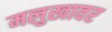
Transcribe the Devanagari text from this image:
मलुखावर